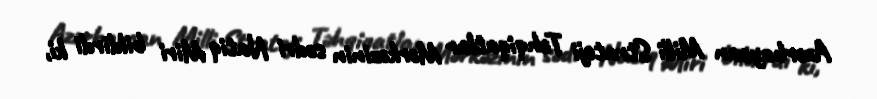
Azərbaycan Milli Strateji Təhqiqatlar Mərkəzinin sədri Natiq Miri bildirdi ki,